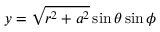
y = { \sqrt { r ^ { 2 } + a ^ { 2 } } } \sin \theta \sin \phi